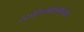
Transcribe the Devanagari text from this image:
स्टालिनग्राडमध्येच